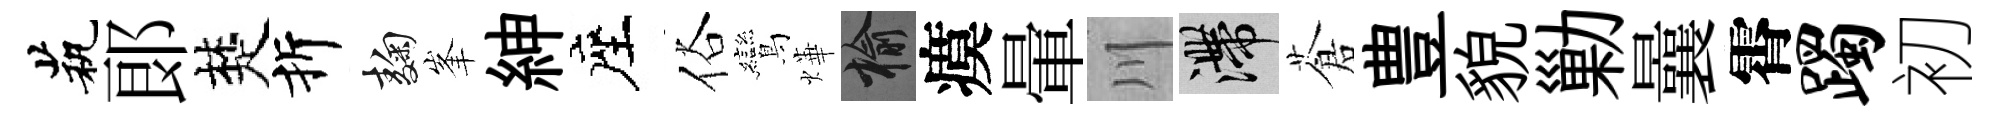
茕郞楚折麹峯紳座俗鸞燁榆瘼暈川滯蒼豊貌勦曩霄躅初